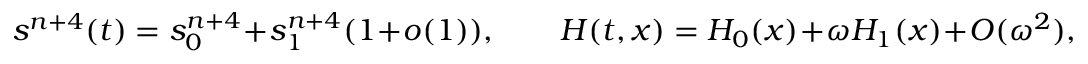
s ^ { n + 4 } ( t ) = s _ { 0 } ^ { n + 4 } + s _ { 1 } ^ { n + 4 } ( 1 + o ( 1 ) ) , \qquad H ( t , x ) = H _ { 0 } ( x ) + \omega H _ { 1 } ( x ) + O ( \omega ^ { 2 } ) ,